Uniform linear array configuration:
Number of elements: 12
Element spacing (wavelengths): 0.5
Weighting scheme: hann
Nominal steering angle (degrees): -15
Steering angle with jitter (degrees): -15.212
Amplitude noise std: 0.05
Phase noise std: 0.05

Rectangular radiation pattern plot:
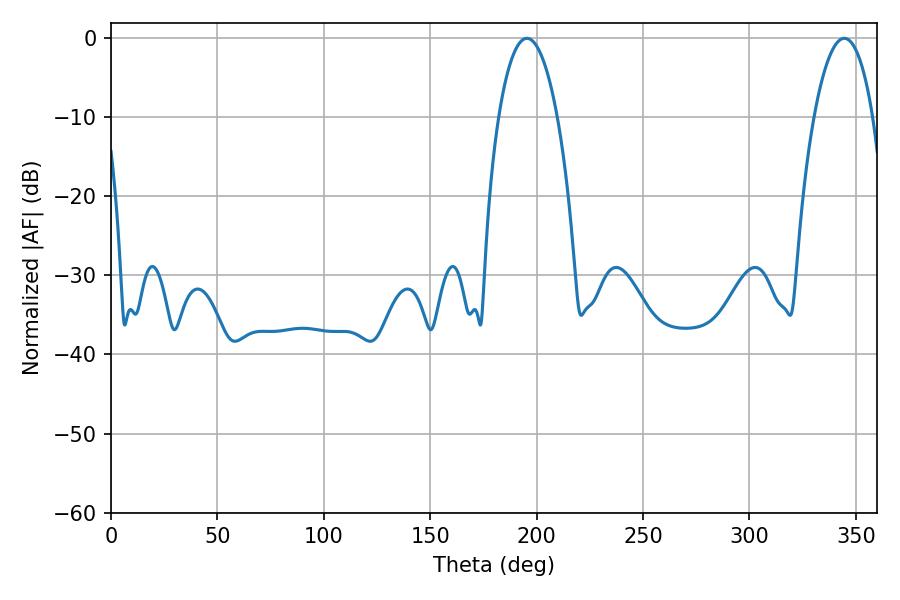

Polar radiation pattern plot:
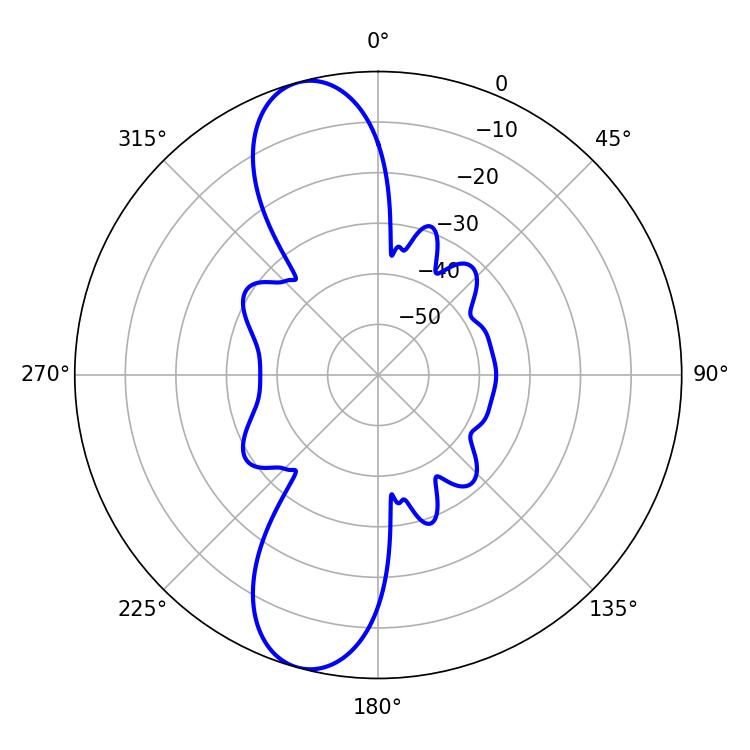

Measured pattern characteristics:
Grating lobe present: FALSE
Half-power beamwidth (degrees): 15.3
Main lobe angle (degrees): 195.48